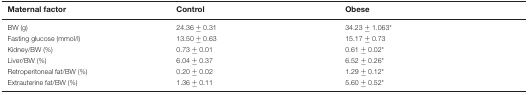
<table><thead><tr><td><b>Maternal factor</b></td><td><b>Control</b></td><td><b>Obese</b></td></tr></thead><tbody><tr><td>BW (g)</td><td>24.36 ± 0.31</td><td>34.23 ± 1.063*</td></tr><tr><td>Fasting glucose (mmol/l)</td><td>13.50 ± 0.63</td><td>15.17 ± 0.73</td></tr><tr><td>Kidney/BW (%)</td><td>0.73 ± 0.01</td><td>0.61 ± 0.02*</td></tr><tr><td>Liver/BW (%)</td><td>6.04 ± 0.37</td><td>6.52 ± 0.26*</td></tr><tr><td>Retroperitoneal fat/BW (%)</td><td>0.20 ± 0.02</td><td>1.29 ± 0.12*</td></tr><tr><td>Extrauterine fat/BW (%)</td><td>1.36 ± 0.11</td><td>5.60 ± 0.52*</td></tr></tbody></table>